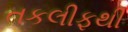
તકલીફથી